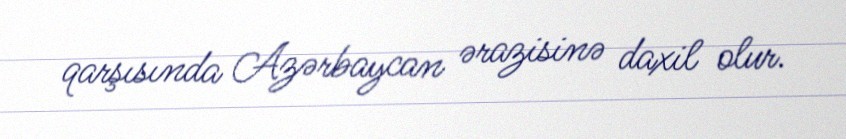
qarşısında Azərbaycan ərazisinə daxil olur.